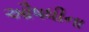
ઔષધીના